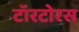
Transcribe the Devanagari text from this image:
टॉरटोरस